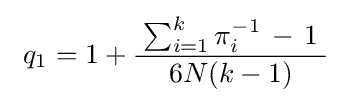
~q_{1}=1+{\frac {\;\sum _{i=1}^{k}\pi _{i}^{-1}\,-\,1\;}{6N(k-1)}}~